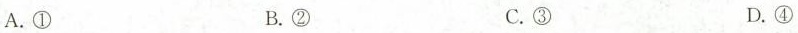
A.① B.② C.③ D.④